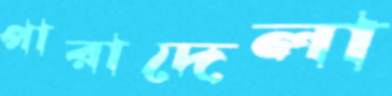
পারাদেলা